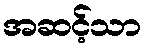
အဆင့်သာ